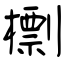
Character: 檦